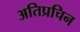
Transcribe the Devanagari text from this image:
अतिप्रचिन